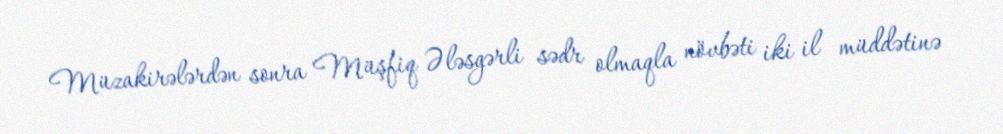
Müzakirələrdən sonra Müşfiq Ələsgərli sədr olmaqla növbəti iki il müddətinə